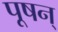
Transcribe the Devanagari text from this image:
पूषन्